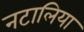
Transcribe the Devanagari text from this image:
नटालिया